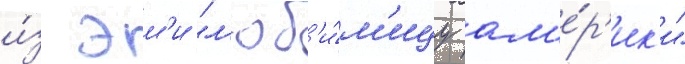
и́з эм'и "л'юб'и́м'ицу ам'е́р'ик'и"